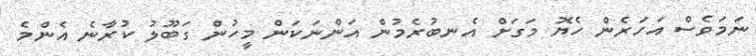
ނަމަވެސް އަހަރެން ހެޔޮ މަގަށް އެނބުރެމުން އަންނަކަން މީހުން ގަބޫލު ކުރާނެ އެންމެ